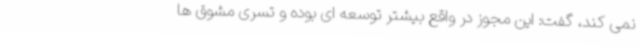
نمی کند، گفت: این مجوز در واقع بیشتر توسعه ای بوده و تسری مشوق ها